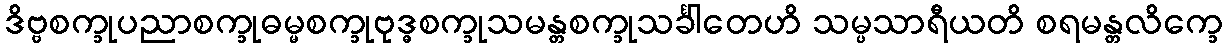
ဒိဗ္ဗစက္ခုပညာစက္ခုဓမ္မစက္ခုဗုဒ္ဓစက္ခုသမန္တစက္ခုသင်္ခါတေဟိ သမ္ပသာရီယတိ စရမန္တလိက္ခေ